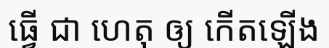
ធ្វើ ជា ហេតុ ឲ្យ កើតឡើង